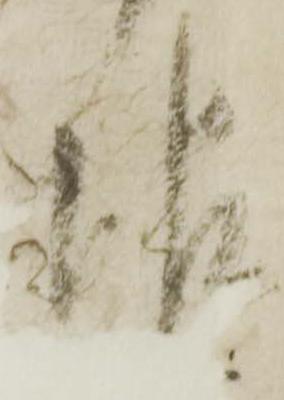
報